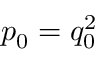
p _ { 0 } = q _ { 0 } ^ { 2 }